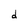
Character: d